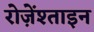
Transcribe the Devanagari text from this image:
रोज़ेंश्ताइन